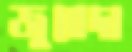
জুবেদা